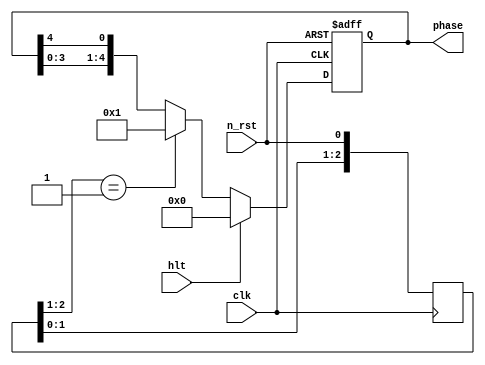
`define ph_f 0
`define ph_r 1
`define ph_x 2
`define ph_m 3
`define ph_w 4

module phase_gen(hlt, phase, clk, n_rst);
	input  hlt;
	output [`ph_w : `ph_f] phase;
	input	 clk, n_rst;

	reg [2:0] n_rst_d;
	always @(posedge clk) begin	// 
		n_rst_d <= {n_rst_d[1:0], n_rst};
	end

	reg [`ph_w : `ph_f] phase;
	always @(posedge clk  or negedge n_rst) begin
		if (n_rst == 0)           		// Zbg 
			phase <= 0;
		else if (hlt == 1)        		// zHLT Zbg
			phase <= 0;
		else if (n_rst_d[2:1] ==  2'b01)	// JEgJn
			phase <= 1;
		else
			phase <= {phase[3:0], phase[4]};
	end
endmodule